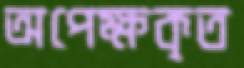
অপেক্ষকৃত